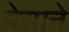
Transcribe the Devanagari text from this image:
पेसाने